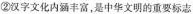
②汉字文化内涵丰富，是中华文明的重要标志